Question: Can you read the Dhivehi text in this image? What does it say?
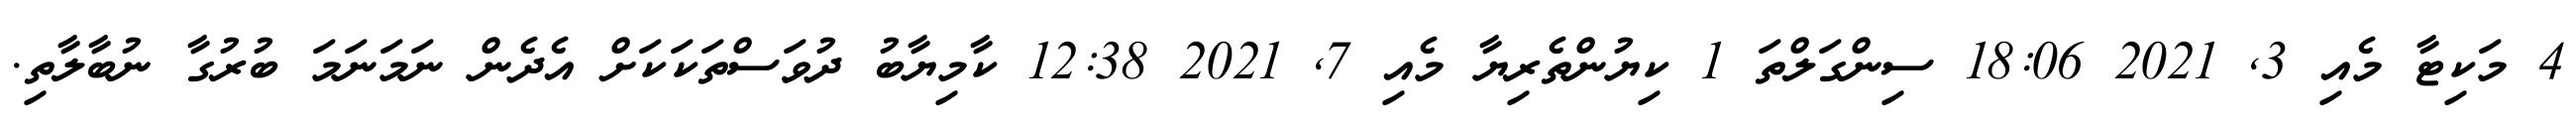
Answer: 4 މަކިޓާ މެއި 3, 2021 18:06 ސިންގަލްތަ 1 ކިޔުންތެރިޔާ މެއި 7, 2021 12:38 ކާމިޔާބު ދުވަސްތަކަކަށް އެދެން ނަމަނަމަ ބުރުގާ ނުބާލާތި.